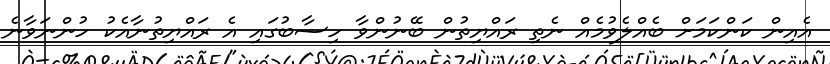
އެއިން ކަންކަމަށް ބެއްލެވުމެއް ނެތި ރައްޔިތުން ބޭނުންވާ ހިސާބުގައި އެ ރައްޔިތުނާއެކު ހުންނަވާނެ